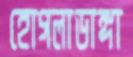
হোগলাডাঙ্গা